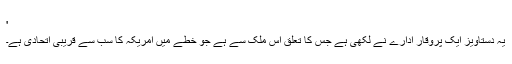
'
یہ دستاویز ایک پروقار ادارے نے لکھی ہے جس کا تعلق اس ملک سے ہے جو خطے میں امریکہ کا سب سے قریبی اتحادی ہے۔